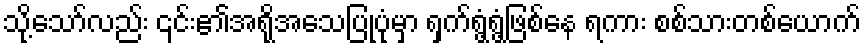
သို့သော်လည်း ၎င်း၏အရိုအသေပြုပုံမှာ ရှက်ရွံ့ရွံ့ဖြစ်နေ ရကား စစ်သားတစ်ယောက်